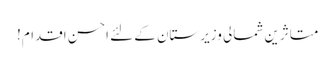
متاثرین شمالی وزیرستان کے لئے احسن اقدام!